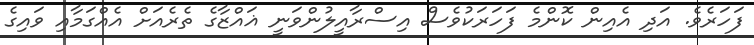
ފަހަރެވެ. އަދި އެއިން ކޮންމެ ފަހަރަކުވެސް އިސްރާއީލުންވަނީ ޣައްޒާގެ ތެރެއަށް އެއްގަމާއި ވައިގެ